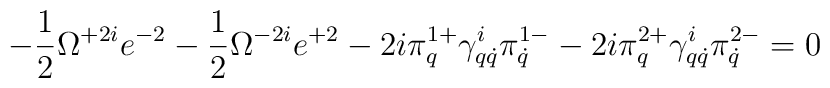
-\frac12\Omega^{+2i}e^{-2}-\frac12\Omega^{-2i}e^{+2}-2i\pi^{1+}_q\gamma^i_{q\dot q}\pi^{1-}_{\dot q}-2i\pi^{2+}_q\gamma^i_{q\dot q}\pi^{2-}_{\dot q}=0